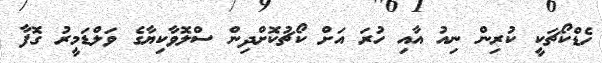
ހެޑްކޯޗަކީ ކުރިން ނިއު އާއި ހުރަ އަށް ކޯޗުކޮށްދިން ސްލޮވާކިޔާގެ ވަލްޑަމީރު ގޮފާ